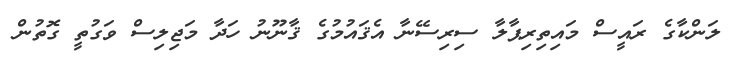
ލަންކާގެ ރައީސް މައިތިރިޕާލާ ސިރިސޭނާ އެޤައުމުގެ ޤާނޫނު ހަދާ މަޖިލިސް ވަގުތީ ގޮތުން